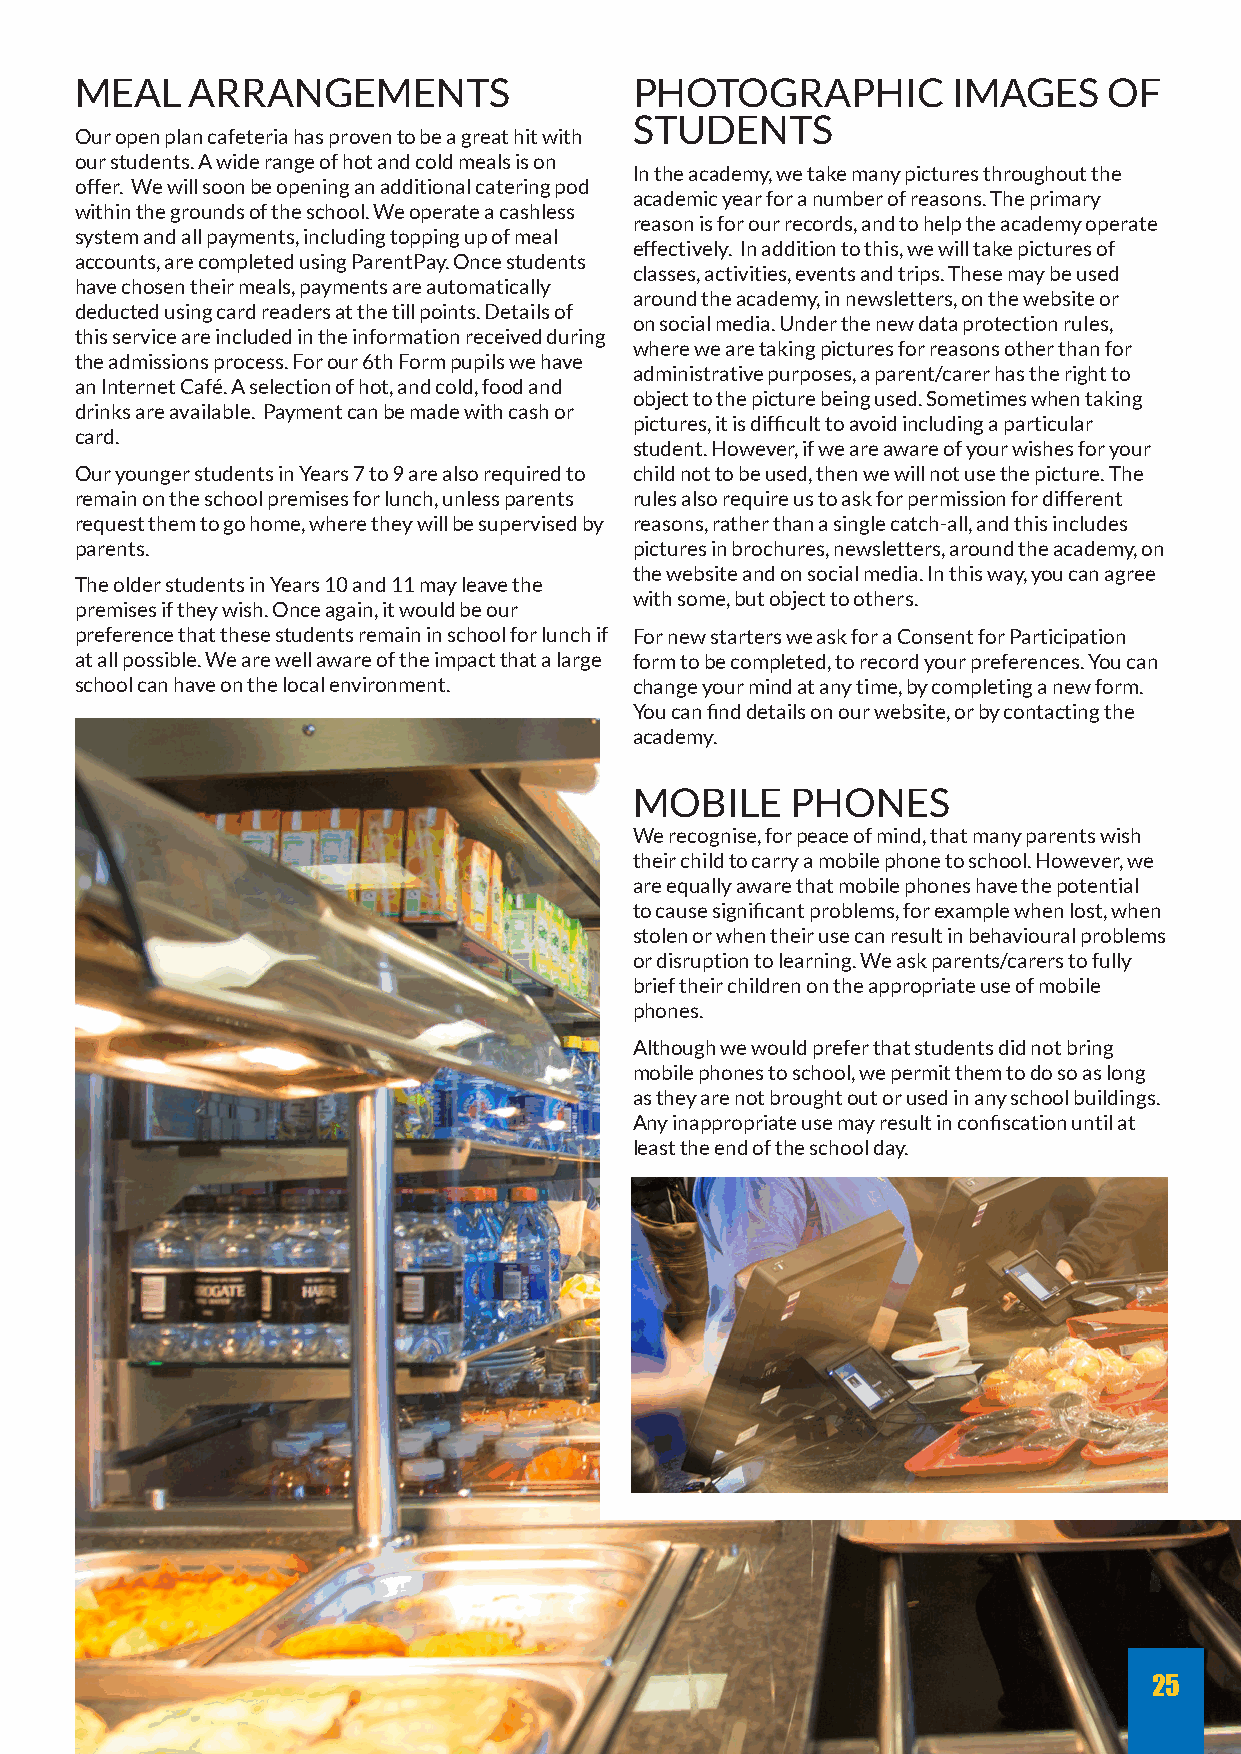
MEAL    ARRANGEMENTS                 PHOTOGRAPHIC         IMAGES    OF
 STUDENTS
 Our open plan cafeteria has proven to be a great hit with
 our students. A wide range of hot and cold meals is on
 In the academy, we take many pictures throughout the
 offer. We will soon be opening an additional catering pod
 academic year for a number of reasons. The primary
 within the grounds of the school. We operate a cashless
 reason is for our records, and to help the academy operate
 system and all payments, including topping up of meal
 effectively. In addition to this, we will take pictures of
 accounts, are completed using ParentPay. Once students
 classes, activities, events and trips. These may be used
 have chosen their meals, payments are automatically
 around the academy, in newsletters, on the website or
 deducted using card readers at the till points. Details of
 on social media. Under the new data protection rules,
 this service are included in the information received during
 where we are taking pictures for reasons other than for
 the admissions process. For our 6th Form pupils we have
 administrative purposes, a parent/carer has the right to
 an Internet Café. A selection of hot, and cold, food and
 object to the picture being used. Sometimes when taking
 drinks are available. Payment can be made with cash or
 pictures, it is difficult to avoid including a particular
 card.
 student. However, if we are aware of your wishes for your
 Our younger students in Years 7 to 9 are also required to child not to be used, then we will not use the picture. The
 remain on the school premises for lunch, unless parents rules also require us to ask for permission for different
 request them to go home, where they will be supervised by reasons, rather than a single catch-all, and this includes
 parents.                             pictures in brochures, newsletters, around the academy, on
 the website and on social media. In this way, you can agree
 The older students in Years 10 and 11 may leave the
 with some, but object to others.
 premises if they wish. Once again, it would be our
 preference that these students remain in school for lunch if For new starters we ask for a Consent for Participation
 at all possible. We are well aware of the impact that a large form to be completed, to record your preferences. You can
 school can have on the local environment. change your mind at any time, by completing a new form.
 You can find details on our website, or by contacting the
 academy.
 MOBILE    PHONES
 We recognise, for peace of mind, that many parents wish
 their child to carry a mobile phone to school. However, we
 are equally aware that mobile phones have the potential
 to cause significant problems, for example when lost, when
 stolen or when their use can result in behavioural problems
 or disruption to learning. We ask parents/carers to fully
 brief their children on the appropriate use of mobile
 phones.
 Although we would prefer that students did not bring
 mobile phones to school, we permit them to do so as long
 as they are not brought out or used in any school buildings.
 Any inappropriate use may result in confiscation until at
 least the end of the school day.
 25